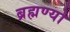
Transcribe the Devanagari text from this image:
ब्रह्मण्यो